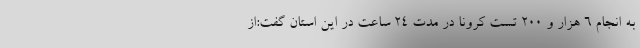
به انجام ۶ هزار و ۲۰۰ تست کرونا در مدت ۲۴ ساعت در این استان گفت:از